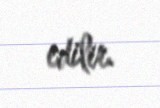
edilir.